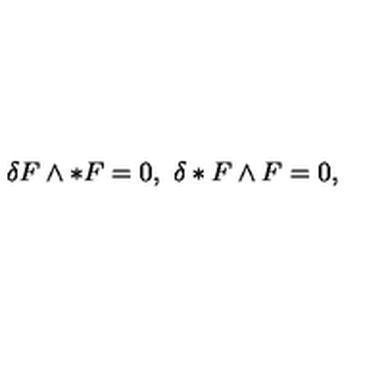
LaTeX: \delta F \wedge * F = 0 , \ \delta * F \wedge F = 0 , \